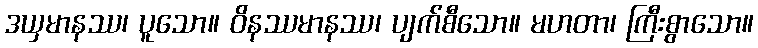
ဒယှမာနဿ၊ ပူသော။ ဝိနဿမာနဿ၊ ပျက်စီသော။ မဟတာ၊ ကြီးစွာသော။